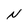
Character: N